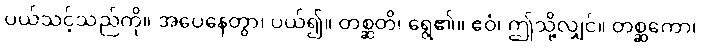
ပယ်သင့်သည်ကို။ အပေနေတွာ၊ ပယ်၍။ တစ္ဆတိ၊ ရွေ၏။ ဧဝံ၊ ဤသို့လျှင်။ တစ္ဆကော၊